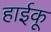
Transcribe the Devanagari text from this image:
हाईकू